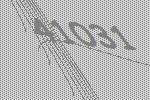
41031